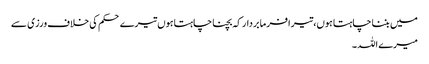
میں بننا چاہتا ہوں،تیرا فرما بردار کہ بچنا چاہتا ہوں تیرے حکم کی خلاف ورزی سے
میرے اللہ ۔